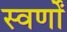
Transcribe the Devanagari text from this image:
स्वर्णों